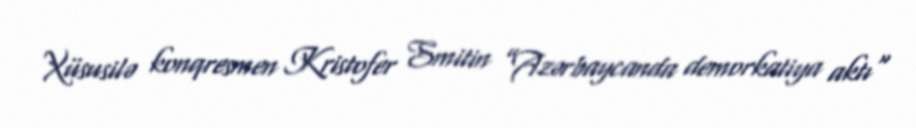
Xüsusilə konqresmen Kristofer Smitin ”Azərbaycanda demorkatiya aktı"